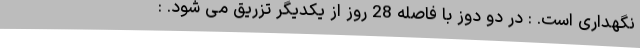
نگهداری است. : در دو دوز با فاصله 28 روز از یکدیگر تزریق می شود. :